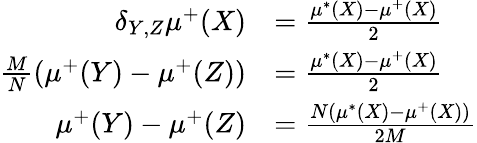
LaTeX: \begin{array}{rl}{\delta_{Y,Z}\mu^{+}(X)}&{=\frac{\mu^{*}(X)-\mu^{+}(X)}{2}}\\ {\frac{M}{N}(\mu^{+}(Y)-\mu^{+}(Z))}&{=\frac{\mu^{*}(X)-\mu^{+}(X)}{2}}\\ {\mu^{+}(Y)-\mu^{+}(Z)}&{=\frac{N(\mu^{*}(X)-\mu^{+}(X))}{2M}}\end{array}